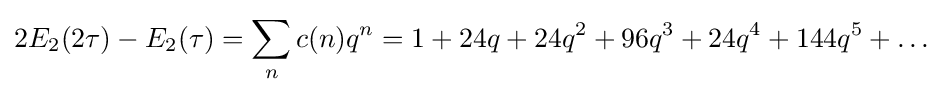
2E_{2}(2\tau )-E_{2}(\tau )=\sum _{n}c(n)q^{n}=1+24q+24q^{2}+96q^{3}+24q^{4}+144q^{5}+\dots